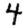
Digit: 4